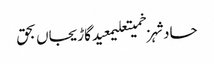
حادثہزخمیتعلیمعیدگاڑیجاں بحق